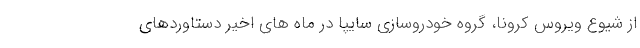
از شیوع ویروس کرونا، گروه خودروسازی سایپا در ماه های اخیر دستاوردهای